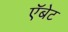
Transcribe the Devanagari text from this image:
ऍबेट